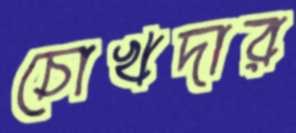
চোখদার